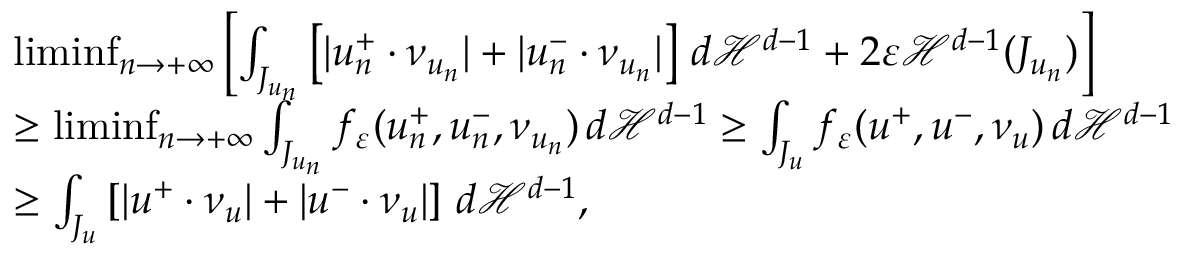
\begin{array} { r l } & { \operatorname* { l i m i n f } _ { n \to + \infty } \left[ \int _ { J _ { u _ { n } } } \left[ | u _ { n } ^ { + } \cdot \nu _ { u _ { n } } | + | u _ { n } ^ { - } \cdot \nu _ { u _ { n } } | \right] \, d { \mathcal { H } } ^ { d - 1 } + 2 \varepsilon { \mathcal { H } } ^ { d - 1 } ( J _ { u _ { n } } ) \right] } \\ & { \geq \operatorname* { l i m i n f } _ { n \to + \infty } \int _ { J _ { u _ { n } } } f _ { \varepsilon } ( u _ { n } ^ { + } , u _ { n } ^ { - } , \nu _ { u _ { n } } ) \, d { \mathcal { H } } ^ { d - 1 } \geq \int _ { J _ { u } } f _ { \varepsilon } ( u ^ { + } , u ^ { - } , \nu _ { u } ) \, d { \mathcal { H } } ^ { d - 1 } } \\ & { \ge \int _ { J _ { u } } \left[ | u ^ { + } \cdot \nu _ { u } | + | u ^ { - } \cdot \nu _ { u } | \right] \, d { \mathcal { H } } ^ { d - 1 } , } \end{array}